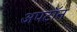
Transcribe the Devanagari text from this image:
अपटॉन